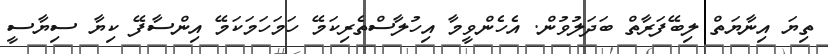
ތިޔަ އިނާޔަތް ލިބޭފަރާތް ބަދަލުވުން. އެހެންވީމާ އިހުލާސްތެރިކަމޭ ހަމަހަމަކަމޭ އިންސާފޭ ކިޔާ ސިޔާސީ